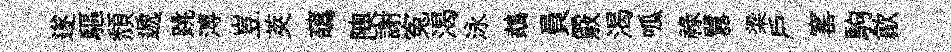
遂驅頹遞跳溥豈莢蘤隩謝寃渴泳鵡員覈渴呱禄囂梁戶窰駒歙